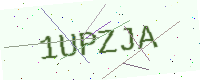
Text: 1UPZJA